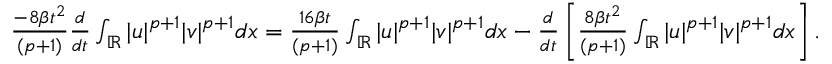
\begin{array} { r } { \frac { - 8 \beta t ^ { 2 } } { ( p + 1 ) } \frac { d } { d t } \int _ { \mathbb { R } } | u | ^ { p + 1 } | v | ^ { p + 1 } d x = \frac { 1 6 \beta t } { ( p + 1 ) } \int _ { \mathbb { R } } | u | ^ { p + 1 } | v | ^ { p + 1 } d x - \frac { d } { d t } \left[ \frac { 8 \beta t ^ { 2 } } { ( p + 1 ) } \int _ { \mathbb { R } } | u | ^ { p + 1 } | v | ^ { p + 1 } d x \right] . } \end{array}